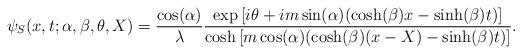
LaTeX: \begin{align*}\psi_{S}(x,t;\alpha,\beta,\theta,X)=\frac{\cos(\alpha)}{\lambda}\frac{\exp\left[i\theta+im\sin(\alpha)(\cosh(\beta)x-\sinh(\beta)t)\right]}{\cosh\left[m\cos(\alpha)(\cosh(\beta)(x-X)-\sinh(\beta)t)\right]}.\end{align*}